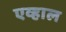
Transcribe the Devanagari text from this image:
एव्हाल